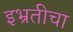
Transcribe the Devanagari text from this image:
इभ्रतीचा